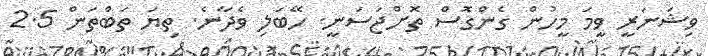
ވިޝަނަރީ ވީމަ މީހުން ގެންގޮސް ތޮށްޖަސަނީ. ހޭބަލި ވެދާނެ. ތިޔަ ތަބްތަން 2.5